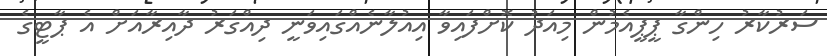
ސަރުކާރު ހިންގާ ޕީޕީއެމުން މިއަދު ކޮށްފައިވާ އިއުލާނެއްގައިވަނީ ދިއްގަރު ދާއިރާއަށް އެ ޕާޓީގެ